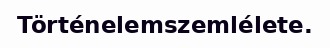
Történelemszemlélete.